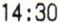
14:30